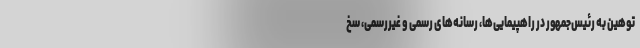
توهین به رئیس‌جمهور در راهپیمایی‌ها، رسانه‌های رسمی و غیررسمی، سخ